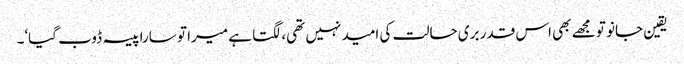
یقین جانو تو مجھے بھی اس قدر بری حالت کی امید نہیں تھی، لگتا ہے میرا تو سارا پیسہ ڈوب گیا‘۔